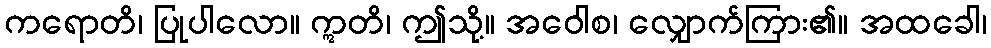
ကရောတိ၊ ပြုပါလော။ ဣတိ၊ ဤသို့။ အဝေါစ၊ လျှောက်ကြား၏။ အထခေါ၊